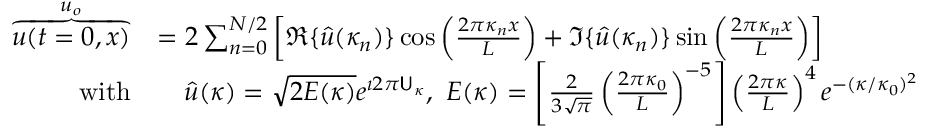
\begin{array} { r l } { \overbrace { u ( t = 0 , x ) } ^ { u _ { o } } } & { = 2 \sum _ { n = 0 } ^ { N / 2 } \left[ \Re \{ \hat { u } ( \kappa _ { n } ) \} \cos \left( \frac { 2 \pi \kappa _ { n } x } { L } \right) + \Im \{ \hat { u } ( \kappa _ { n } ) \} \sin \left( \frac { 2 \pi \kappa _ { n } x } { L } \right) \right] } \\ { \mathrm { w i t h } } & { \quad \hat { u } ( \kappa ) = \sqrt { 2 E ( \kappa ) } e ^ { \imath 2 \pi \mathsf { U } _ { \kappa } } , \ E ( \kappa ) = \left[ \frac { 2 } { 3 \sqrt { \pi } } \left( \frac { 2 \pi \kappa _ { 0 } } { L } \right) ^ { - 5 } \right] \left( \frac { 2 \pi \kappa } { L } \right) ^ { 4 } e ^ { - ( \kappa / \kappa _ { 0 } ) ^ { 2 } } } \end{array}